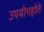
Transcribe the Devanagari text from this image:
उपयोगहोते